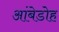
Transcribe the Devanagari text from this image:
आंबेडोह